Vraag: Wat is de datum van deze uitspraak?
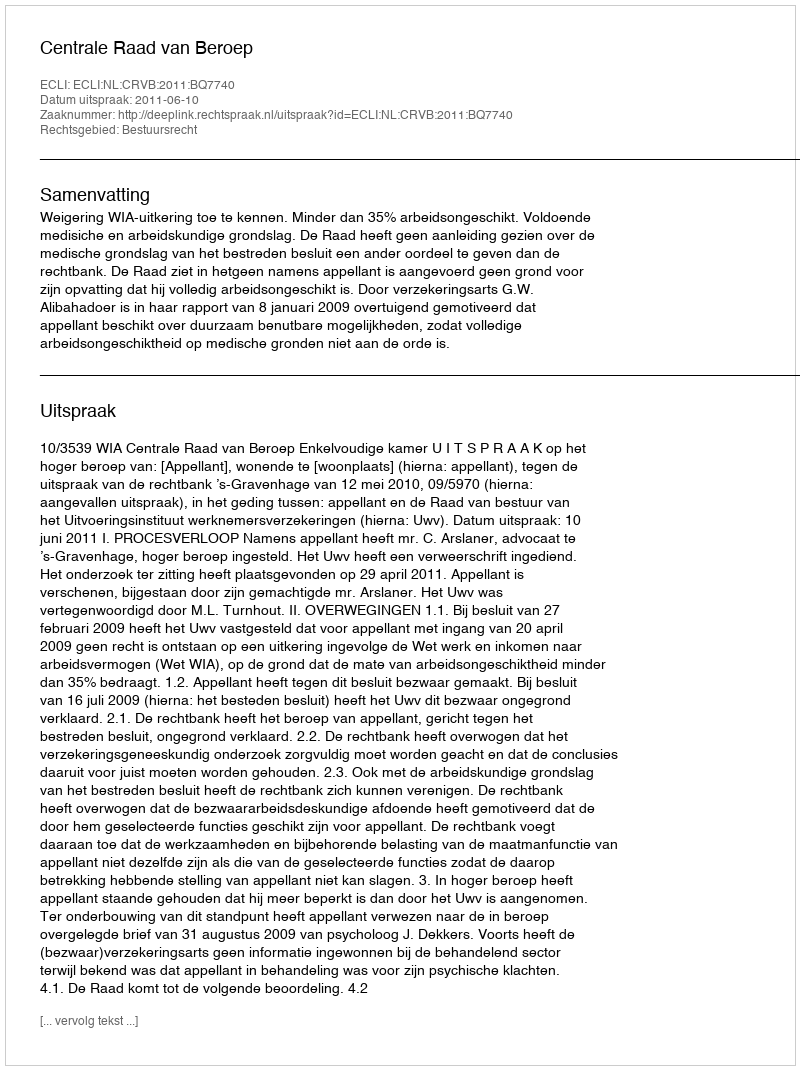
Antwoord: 2011-06-10